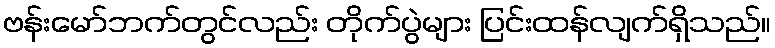
ဗန်းမော်ဘက်တွင်လည်း တိုက်ပွဲများ ပြင်းထန်လျက်ရှိသည်။